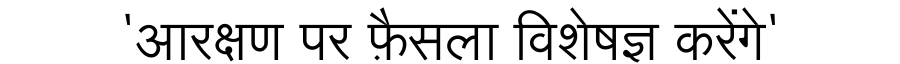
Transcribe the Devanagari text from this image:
'आरक्षण पर फ़ैसला विशेषज्ञ करेंगे'